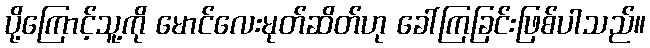
ပို့ကြောင့်သူ့ကို မောင်လေးမုတ်ဆိတ်ဟု ခေါ်ကြခြင်းဖြစ်ပါသည်။